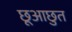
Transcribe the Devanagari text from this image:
छूआछुत